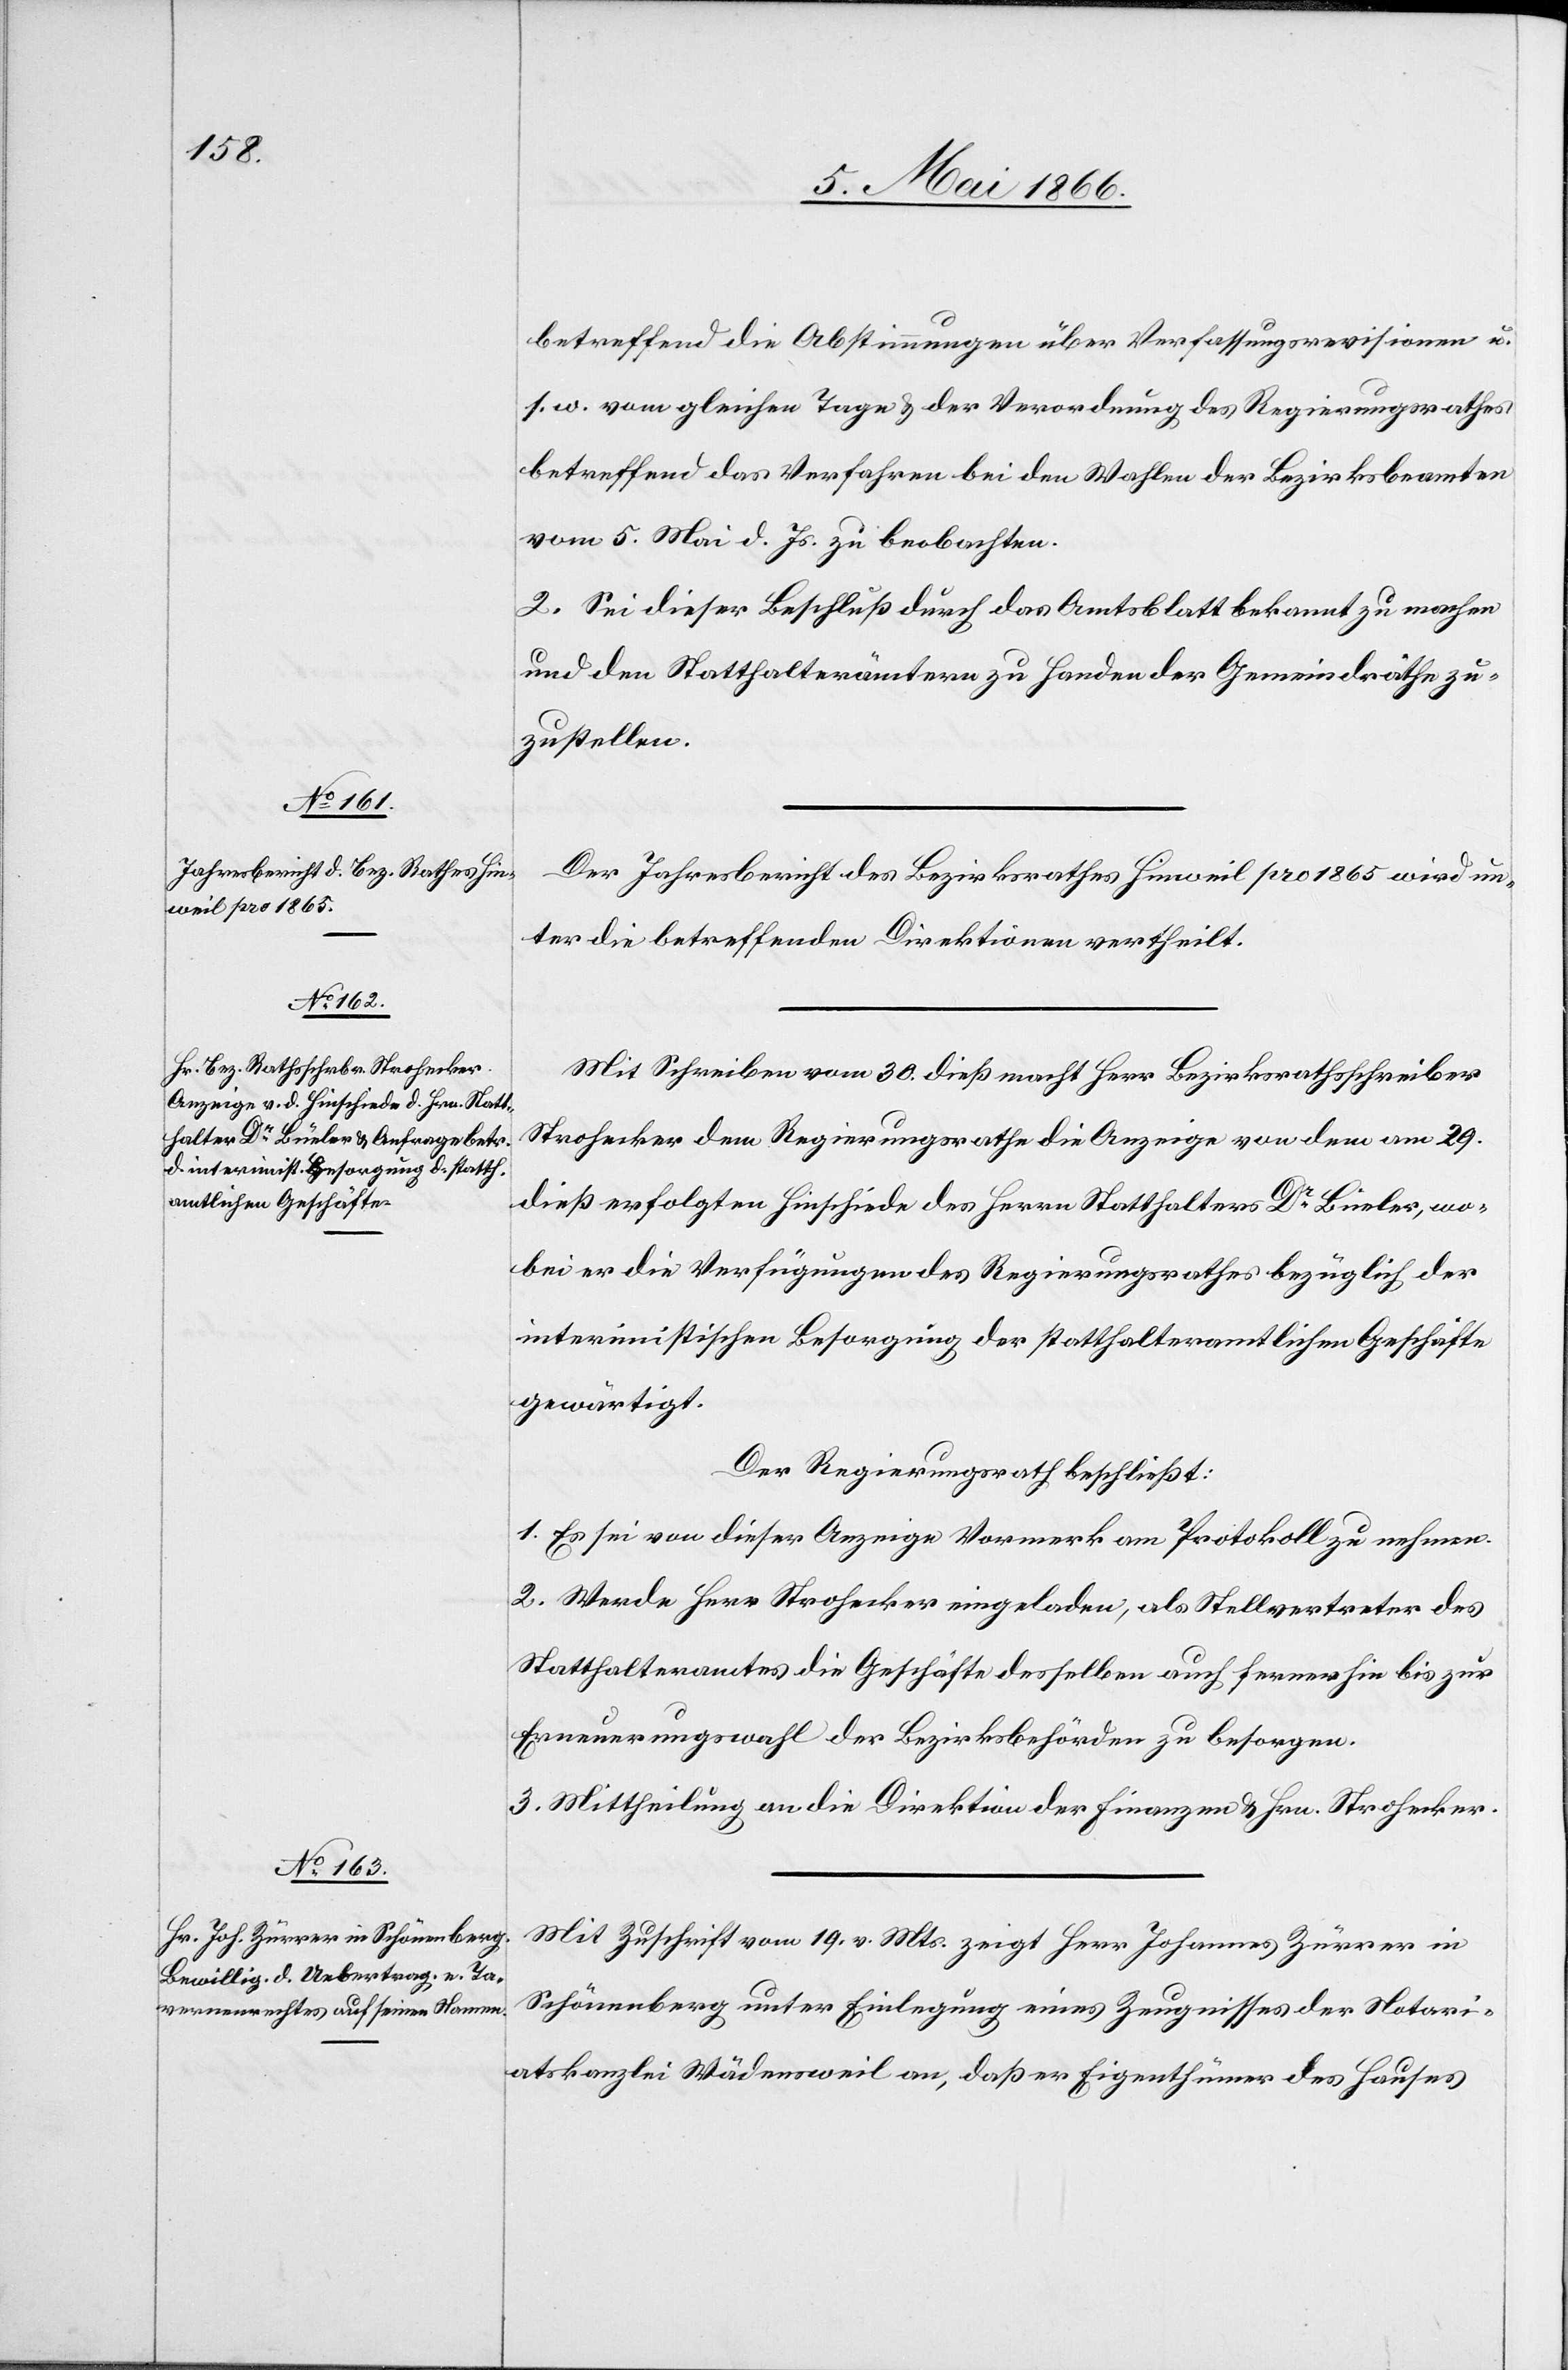
betreffend die Abstimmungen über Verfassungsrevisionen u.
s. w. vom gleichen Tage u. der Verordnung des Regierungsrathes
betreffend das Verfahren bei den Wahlen der Bezirksbeamten
vom 5. Mai d. Js. zu beobachten.
2. Sei dieser Beschluß durch das Amtsblatt bekannt zu machen
und den Statthalterämtern zu Handen der Gemeindräthe zu¬
zustellen.
Der Jahresbericht des Bezirksrathes Hinweil pro 1865 wird un¬
ter die betreffenden Direktionen vertheilt.
Mit Schreiben vom 30. dieß [sic!] macht Herr Bezirksrathsschreiber
Strohecker dem Regierungsrathe die Anzeige von dem am 29.
[sic!] erfolgten Hinschiede des Herrn Statthalter Dr. Büeler, wo¬
bei er die Verfügungen des Regierungsrathes bezüglich der
interimistischen Besorgung der statthalteramtlichen Geschäfte
gewärtigt.
Der Regierungsrath beschließt:
1. Es sei von dieser Anzeige Vormerk am Protokoll zu nehmen.
2. Werde Herr Strohecker eingeladen, als Stellvertreter des
Statthalteramtes die Geschäfte desselben auch fernerhin bis zur
Erneuerungswahl der Bezirksbehörden zu besorgen.
3. Mittheilung an die Direktion der Finanzen u. Hrn. Strohecker.
Mit Zuschrift vom 19. v. Mts. zeigt Herr Johannes Zürrer in
Schönenberg unter Einlegung eines Zeugnisses der Notari¬
atskanzlei Wädensweil an, daß er Eigenthümer des Hauses